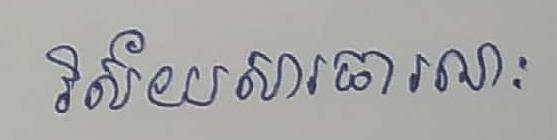
វិស័យសារធារណៈ